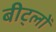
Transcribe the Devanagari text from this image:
बीट्लों